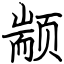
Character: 颛